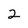
Character: 2